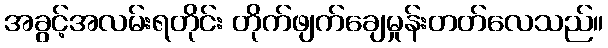
အခွင့်အလမ်းရတိုင်း တိုက်ဖျက်ချေမှုန်းတတ်လေသည်။